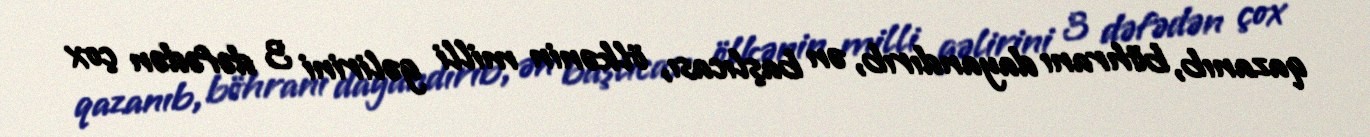
qazanıb, böhranı dayandırıb, ən başlıcası, ölkənin milli gəlirini 3 dəfədən çox